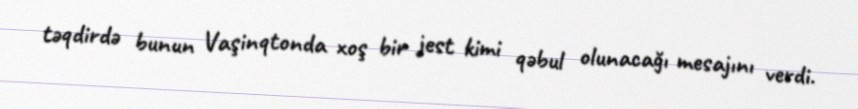
təqdirdə bunun Vaşinqtonda xoş bir jest kimi qəbul olunacağı mesajını verdi.